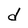
Character: d